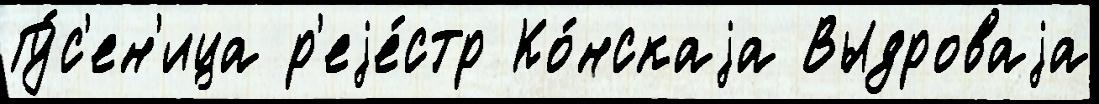
Гу́с'ен'ица р'еjе́стр Ко́нскаjа Выдроваjа